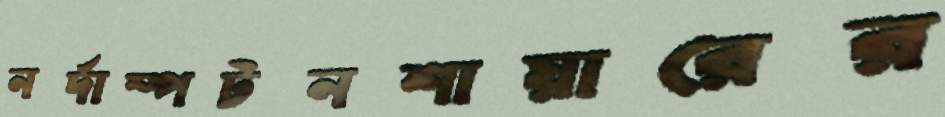
নর্দাম্পটনশায়ারের